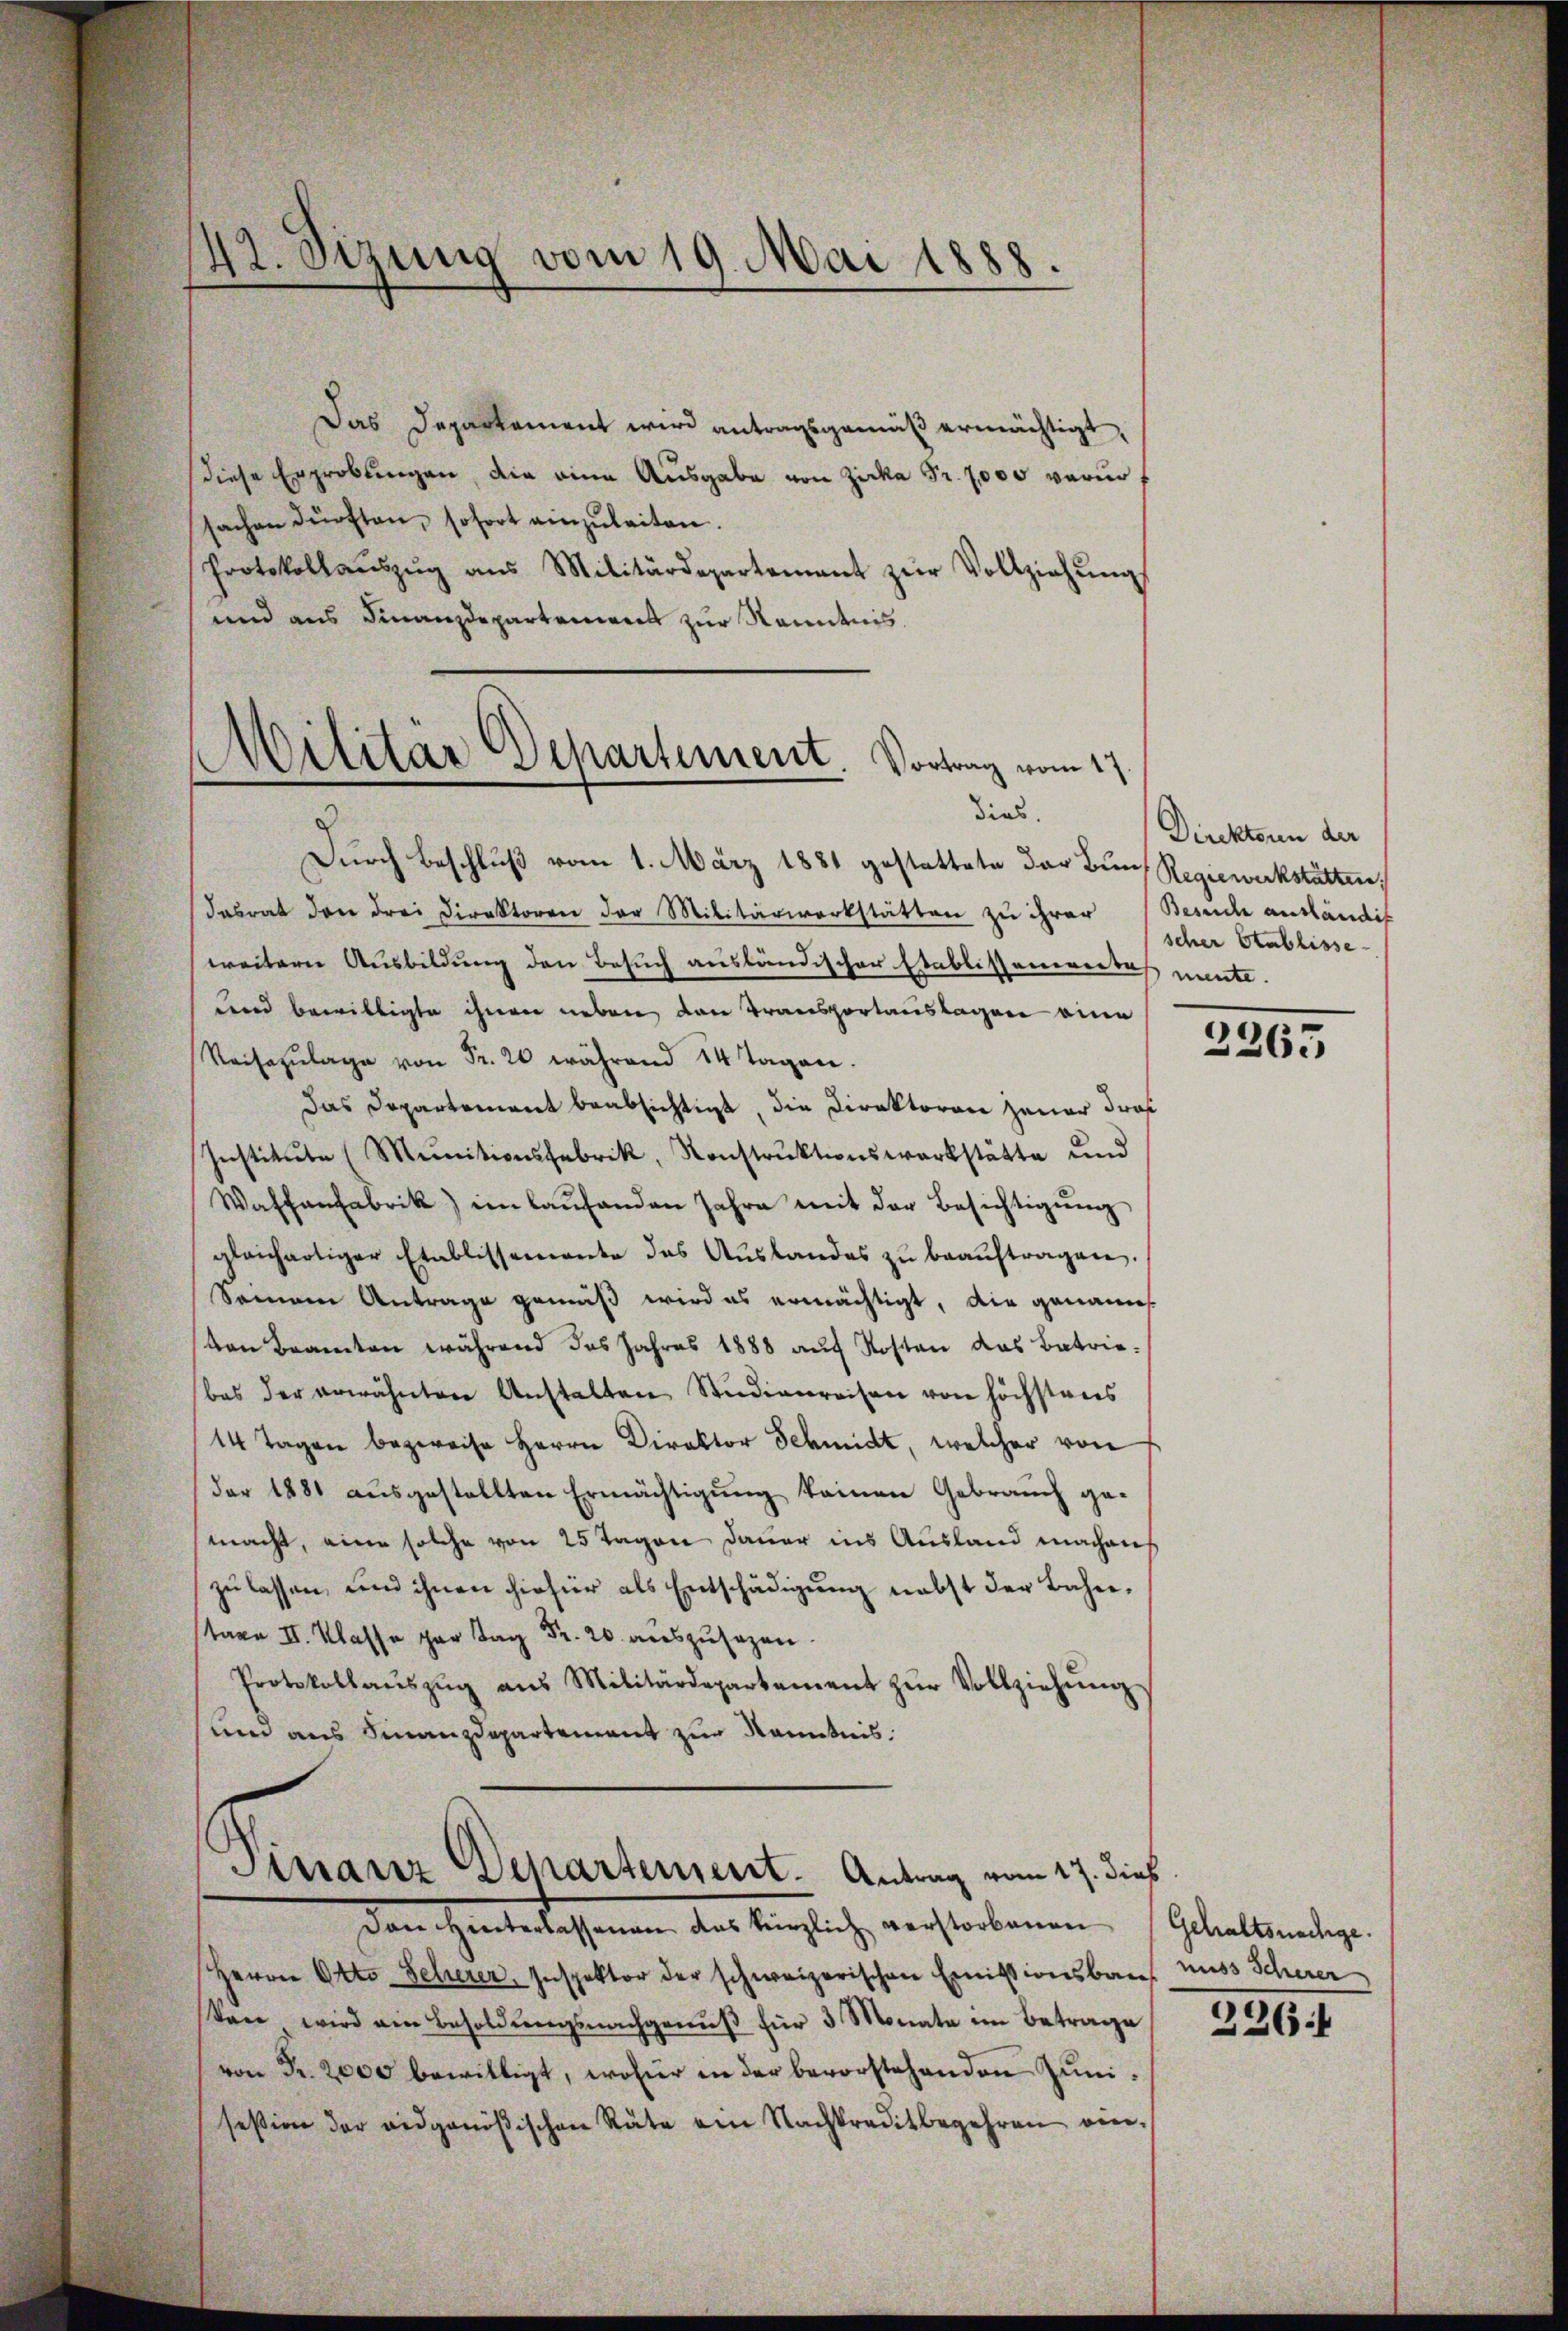
47. Sizung vom 19. Mai 1888.

Das Departement wird antragsgemäß ermächtigt,
diese Erprobungen, die eine Ausgabe von Zirka Fr. 7000 verursachen dürften, sofort einzŭleiten.
Protokollaŭszŭg ans Militärdepartement zŭr Vollziehŭng
und aus Finanzdepartement zur Kenntnis

Militär Departement. Vortrag vom 17.
dies.

Durch Beschluß vom 1. März 1881 gestattete der Bund Regiewerkstätten,
Tabrat den drei Direktoren der Militärwerkstätten zu ihrer Besuche ausländig
weitern Ausbildung den Besuch ausländischer Etablisseneredas mente.
uend bewilligte ihnen neben den Transportauslagen eine
Raiszŭlage von Fr. 20 während 14 Tagen.
Das Departement beabsichtigt, die Direktoren jener dras
Institute (Munitionsfabrik, Konstruktionswerkstätte und
Waffenfabrik im laŭfenden Jahre mit der Besichtigŭng
gleichartiger Etablissemente das Aŭslandes zŭ beaŭftragen.
Seinem Antrage gemäß wird es ermächtigt, die genann
von Beamten während das Jahres 1888 auf Kosten das Betrie-
bes der erwähnten Anstalten Studienreisen von höchstens
14 Tagen bezweife Herrn Direktor Schmidt, welcher von
der 1881 ausgestellten Ermächtigung keinen Gebrauch gemacht, eine solche von 25 Tagen Dauer ins Ausland machens
zu lassen, und ihnen hiefür als Entschädigung nebst der Bahn¬
 II. Klasse er ag. 20 auszusagen.
Protokollaŭszŭg aŭs Militärdepartement zŭr Vollziehŭng
und aus Finanzdepartement zur Kenntnis.
Dinanz Departement. Antrag vom 17. dieß

Direktoren der
scher Etablisse

Forchenteressenen, das Kanzliche verstorbenen Gebetentige.
Herrn Okto Scherer, Inspektor der schweizerischen Emissionsbaus muss Scherer
Von wird ein Besoldŭngsnachgenŭβ für 3 Monate im Betrage
von Fr. 2000 bewilligt, wofür in der bevorstehenden Junisesion der eidgenößischen Räte am Nachkreditbegehren ein¬

2265

226: